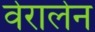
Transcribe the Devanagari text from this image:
वेरालेन